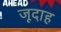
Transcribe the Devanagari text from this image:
जूदाह